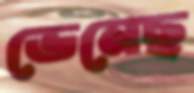
ভেনেছ